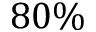
8 0 \%